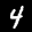
Label: 4